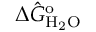
\Delta \hat { G } _ { \mathrm { H _ { 2 } O } } ^ { \mathrm { o } }